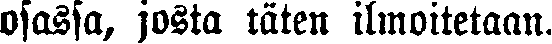
osassa, josta täten ilmoitetaan.